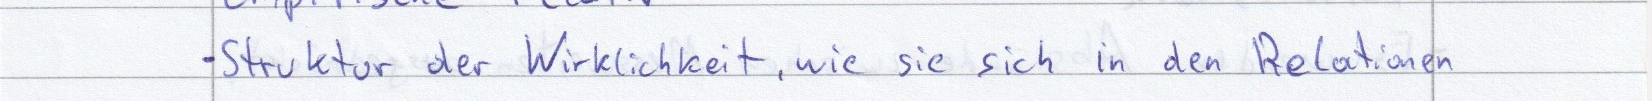
- Struktur der Wirklichkeit, wie sie sich in den Relationen